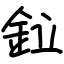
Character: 鉝